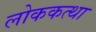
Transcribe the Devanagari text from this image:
लोककत्था